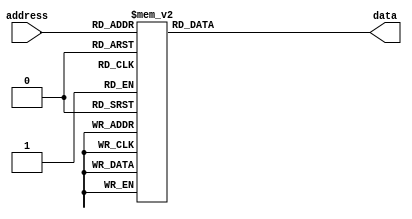
module sine_lut (input [7:0] address, output reg [13:0] data);
  always @ (*) begin
    case(address)
      8'd0: data = 14'b00000000000000;
      8'd1: data = 14'b00000000011001;
      8'd2: data = 14'b00000000110010;
      8'd3: data = 14'b00000001001011;
      8'd4: data = 14'b00000001100100;
      8'd5: data = 14'b00000001111101;
      8'd6: data = 14'b00000010010110;
      8'd7: data = 14'b00000010101111;
      8'd8: data = 14'b00000011001000;
      8'd9: data = 14'b00000011100000;
      8'd10: data = 14'b00000011111000;
      8'd11: data = 14'b00000100010001;
      8'd12: data = 14'b00000100101001;
      8'd13: data = 14'b00000101000001;
      8'd14: data = 14'b00000101011001;
      8'd15: data = 14'b00000101110001;
      8'd16: data = 14'b00000110001000;
      8'd17: data = 14'b00000110011111;
      8'd18: data = 14'b00000110110110;
      8'd19: data = 14'b00000111001100;
      8'd20: data = 14'b00000111100011;
      8'd21: data = 14'b00000111111001;
      8'd22: data = 14'b00001000001110;
      8'd23: data = 14'b00001000100100;
      8'd24: data = 14'b00001000111001;
      8'd25: data = 14'b00001001001110;
      8'd26: data = 14'b00001001100010;
      8'd27: data = 14'b00001001110110;
      8'd28: data = 14'b00001010001010;
      8'd29: data = 14'b00001010011101;
      8'd30: data = 14'b00001010110000;
      8'd31: data = 14'b00001011000010;
      8'd32: data = 14'b00001011010100;
      8'd33: data = 14'b00001011100110;
      8'd34: data = 14'b00001011110111;
      8'd35: data = 14'b00001100000111;
      8'd36: data = 14'b00001100011000;
      8'd37: data = 14'b00001100100111;
      8'd38: data = 14'b00001100110110;
      8'd39: data = 14'b00001101000101;
      8'd40: data = 14'b00001101010011;
      8'd41: data = 14'b00001101100001;
      8'd42: data = 14'b00001101101110;
      8'd43: data = 14'b00001101111011;
      8'd44: data = 14'b00001110000111;
      8'd45: data = 14'b00001110010011;
      8'd46: data = 14'b00001110011110;
      8'd47: data = 14'b00001110101000;
      8'd48: data = 14'b00001110110010;
      8'd49: data = 14'b00001110111011;
      8'd50: data = 14'b00001111000100;
      8'd51: data = 14'b00001111001100;
      8'd52: data = 14'b00001111010100;
      8'd53: data = 14'b00001111011011;
      8'd54: data = 14'b00001111100001;
      8'd55: data = 14'b00001111100111;
      8'd56: data = 14'b00001111101100;
      8'd57: data = 14'b00001111110001;
      8'd58: data = 14'b00001111110101;
      8'd59: data = 14'b00001111111000;
      8'd60: data = 14'b00001111111011;
      8'd61: data = 14'b00001111111101;
      8'd62: data = 14'b00001111111111;
      8'd63: data = 14'b00010000000000;
      8'd64: data = 14'b00010000000000;
      8'd65: data = 14'b00010000000000;
      8'd66: data = 14'b00001111111111;
      8'd67: data = 14'b00001111111101;
      8'd68: data = 14'b00001111111011;
      8'd69: data = 14'b00001111111000;
      8'd70: data = 14'b00001111110101;
      8'd71: data = 14'b00001111110001;
      8'd72: data = 14'b00001111101100;
      8'd73: data = 14'b00001111100111;
      8'd74: data = 14'b00001111100001;
      8'd75: data = 14'b00001111011011;
      8'd76: data = 14'b00001111010100;
      8'd77: data = 14'b00001111001100;
      8'd78: data = 14'b00001111000100;
      8'd79: data = 14'b00001110111011;
      8'd80: data = 14'b00001110110010;
      8'd81: data = 14'b00001110101000;
      8'd82: data = 14'b00001110011110;
      8'd83: data = 14'b00001110010011;
      8'd84: data = 14'b00001110000111;
      8'd85: data = 14'b00001101111011;
      8'd86: data = 14'b00001101101110;
      8'd87: data = 14'b00001101100001;
      8'd88: data = 14'b00001101010011;
      8'd89: data = 14'b00001101000101;
      8'd90: data = 14'b00001100110110;
      8'd91: data = 14'b00001100100111;
      8'd92: data = 14'b00001100011000;
      8'd93: data = 14'b00001100000111;
      8'd94: data = 14'b00001011110111;
      8'd95: data = 14'b00001011100110;
      8'd96: data = 14'b00001011010100;
      8'd97: data = 14'b00001011000010;
      8'd98: data = 14'b00001010110000;
      8'd99: data = 14'b00001010011101;
      8'd100: data = 14'b00001010001010;
      8'd101: data = 14'b00001001110110;
      8'd102: data = 14'b00001001100010;
      8'd103: data = 14'b00001001001110;
      8'd104: data = 14'b00001000111001;
      8'd105: data = 14'b00001000100100;
      8'd106: data = 14'b00001000001110;
      8'd107: data = 14'b00000111111001;
      8'd108: data = 14'b00000111100011;
      8'd109: data = 14'b00000111001100;
      8'd110: data = 14'b00000110110110;
      8'd111: data = 14'b00000110011111;
      8'd112: data = 14'b00000110001000;
      8'd113: data = 14'b00000101110001;
      8'd114: data = 14'b00000101011001;
      8'd115: data = 14'b00000101000001;
      8'd116: data = 14'b00000100101001;
      8'd117: data = 14'b00000100010001;
      8'd118: data = 14'b00000011111001;
      8'd119: data = 14'b00000011100000;
      8'd120: data = 14'b00000011001000;
      8'd121: data = 14'b00000010101111;
      8'd122: data = 14'b00000010010110;
      8'd123: data = 14'b00000001111101;
      8'd124: data = 14'b00000001100100;
      8'd125: data = 14'b00000001001011;
      8'd126: data = 14'b00000000110010;
      8'd127: data = 14'b00000000011001;
      8'd128: data = 14'b00000000000000;
      8'd129: data = 14'b11111111100111;
      8'd130: data = 14'b11111111001110;
      8'd131: data = 14'b11111110110101;
      8'd132: data = 14'b11111110011100;
      8'd133: data = 14'b11111110000011;
      8'd134: data = 14'b11111101101010;
      8'd135: data = 14'b11111101010001;
      8'd136: data = 14'b11111100111000;
      8'd137: data = 14'b11111100100000;
      8'd138: data = 14'b11111100000111;
      8'd139: data = 14'b11111011101111;
      8'd140: data = 14'b11111011010111;
      8'd141: data = 14'b11111010111111;
      8'd142: data = 14'b11111010100111;
      8'd143: data = 14'b11111010001111;
      8'd144: data = 14'b11111001111000;
      8'd145: data = 14'b11111001100001;
      8'd146: data = 14'b11111001001010;
      8'd147: data = 14'b11111000110100;
      8'd148: data = 14'b11111000011101;
      8'd149: data = 14'b11111000000111;
      8'd150: data = 14'b11110111110010;
      8'd151: data = 14'b11110111011100;
      8'd152: data = 14'b11110111000111;
      8'd153: data = 14'b11110110110010;
      8'd154: data = 14'b11110110011110;
      8'd155: data = 14'b11110110001010;
      8'd156: data = 14'b11110101110110;
      8'd157: data = 14'b11110101100011;
      8'd158: data = 14'b11110101010000;
      8'd159: data = 14'b11110100111110;
      8'd160: data = 14'b11110100101100;
      8'd161: data = 14'b11110100011010;
      8'd162: data = 14'b11110100001001;
      8'd163: data = 14'b11110011111001;
      8'd164: data = 14'b11110011101000;
      8'd165: data = 14'b11110011011001;
      8'd166: data = 14'b11110011001010;
      8'd167: data = 14'b11110010111011;
      8'd168: data = 14'b11110010101101;
      8'd169: data = 14'b11110010011111;
      8'd170: data = 14'b11110010010010;
      8'd171: data = 14'b11110010000101;
      8'd172: data = 14'b11110001111001;
      8'd173: data = 14'b11110001101101;
      8'd174: data = 14'b11110001100010;
      8'd175: data = 14'b11110001011000;
      8'd176: data = 14'b11110001001110;
      8'd177: data = 14'b11110001000101;
      8'd178: data = 14'b11110000111100;
      8'd179: data = 14'b11110000110100;
      8'd180: data = 14'b11110000101100;
      8'd181: data = 14'b11110000100101;
      8'd182: data = 14'b11110000011111;
      8'd183: data = 14'b11110000011001;
      8'd184: data = 14'b11110000010100;
      8'd185: data = 14'b11110000001111;
      8'd186: data = 14'b11110000001011;
      8'd187: data = 14'b11110000001000;
      8'd188: data = 14'b11110000000101;
      8'd189: data = 14'b11110000000011;
      8'd190: data = 14'b11110000000001;
      8'd191: data = 14'b11110000000000;
      8'd192: data = 14'b11110000000000;
      8'd193: data = 14'b11110000000000;
      8'd194: data = 14'b11110000000001;
      8'd195: data = 14'b11110000000011;
      8'd196: data = 14'b11110000000101;
      8'd197: data = 14'b11110000001000;
      8'd198: data = 14'b11110000001011;
      8'd199: data = 14'b11110000001111;
      8'd200: data = 14'b11110000010100;
      8'd201: data = 14'b11110000011001;
      8'd202: data = 14'b11110000011111;
      8'd203: data = 14'b11110000100101;
      8'd204: data = 14'b11110000101100;
      8'd205: data = 14'b11110000110100;
      8'd206: data = 14'b11110000111100;
      8'd207: data = 14'b11110001000101;
      8'd208: data = 14'b11110001001110;
      8'd209: data = 14'b11110001011000;
      8'd210: data = 14'b11110001100010;
      8'd211: data = 14'b11110001101101;
      8'd212: data = 14'b11110001111001;
      8'd213: data = 14'b11110010000101;
      8'd214: data = 14'b11110010010010;
      8'd215: data = 14'b11110010011111;
      8'd216: data = 14'b11110010101101;
      8'd217: data = 14'b11110010111011;
      8'd218: data = 14'b11110011001010;
      8'd219: data = 14'b11110011011001;
      8'd220: data = 14'b11110011101000;
      8'd221: data = 14'b11110011111001;
      8'd222: data = 14'b11110100001001;
      8'd223: data = 14'b11110100011010;
      8'd224: data = 14'b11110100101100;
      8'd225: data = 14'b11110100111110;
      8'd226: data = 14'b11110101010000;
      8'd227: data = 14'b11110101100011;
      8'd228: data = 14'b11110101110110;
      8'd229: data = 14'b11110110001010;
      8'd230: data = 14'b11110110011110;
      8'd231: data = 14'b11110110110010;
      8'd232: data = 14'b11110111000111;
      8'd233: data = 14'b11110111011100;
      8'd234: data = 14'b11110111110010;
      8'd235: data = 14'b11111000000111;
      8'd236: data = 14'b11111000011101;
      8'd237: data = 14'b11111000110100;
      8'd238: data = 14'b11111001001010;
      8'd239: data = 14'b11111001100001;
      8'd240: data = 14'b11111001111000;
      8'd241: data = 14'b11111010001111;
      8'd242: data = 14'b11111010100111;
      8'd243: data = 14'b11111010111111;
      8'd244: data = 14'b11111011010111;
      8'd245: data = 14'b11111011101111;
      8'd246: data = 14'b11111100000111;
      8'd247: data = 14'b11111100100000;
      8'd248: data = 14'b11111100111000;
      8'd249: data = 14'b11111101010001;
      8'd250: data = 14'b11111101101010;
      8'd251: data = 14'b11111110000011;
      8'd252: data = 14'b11111110011100;
      8'd253: data = 14'b11111110110101;
      8'd254: data = 14'b11111111001110;
      8'd255: data = 14'b11111111100111;
    endcase
  end
endmodule